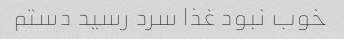
خوب نبود غذا سرد رسید دستم